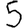
Digit: 5